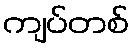
ကျပ်တစ်